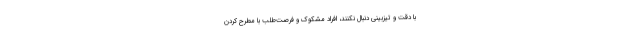
با دقت و تیزبینی دنبال نکنند، افراد مشکوک و فرصت‌طلب با مطرح کردن